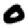
Digit: 0